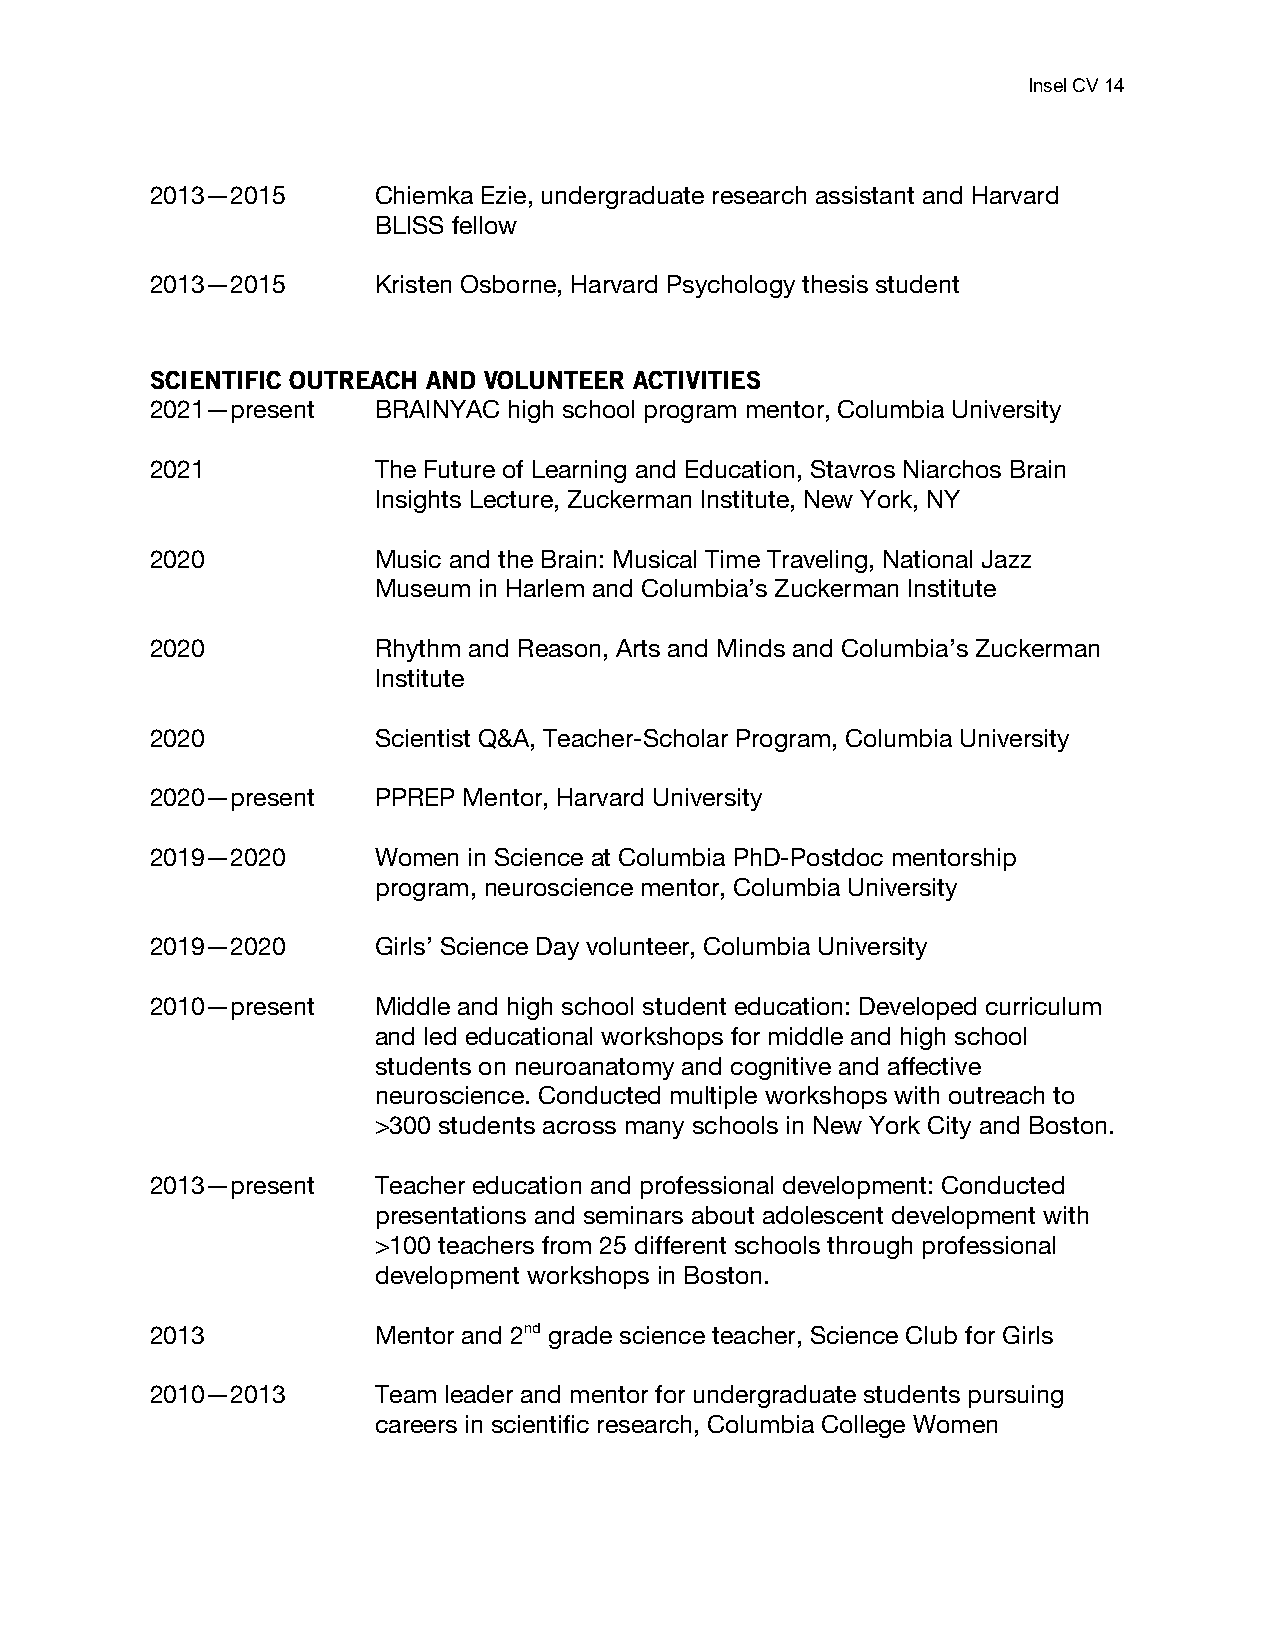
Insel CV 14
 2013—2015      Chiemka Ezie, undergraduate research assistant and Harvard
 BLISS fellow
 2013—2015      Kristen Osborne, Harvard Psychology thesis student
 SCIENTIFIC OUTREACH AND VOLUNTEER ACTIVITIES
 2021—present   BRAINYAC high school program mentor, Columbia University
 2021           The Future of Learning and Education, Stavros Niarchos Brain
 Insights Lecture, Zuckerman Institute, New York, NY
 2020           Music and the Brain: Musical Time Traveling, National Jazz
 Museum in Harlem and Columbia’s Zuckerman Institute
 2020           Rhythm and Reason, Arts and Minds and Columbia’s Zuckerman
 Institute
 2020           Scientist Q&A, Teacher-Scholar Program, Columbia University
 2020—present   PPREP Mentor, Harvard University
 2019—2020      Women in Science at Columbia PhD-Postdoc mentorship
 program, neuroscience mentor, Columbia University
 2019—2020      Girls’ Science Day volunteer, Columbia University
 2010—present   Middle and high school student education: Developed curriculum
 and led educational workshops for middle and high school
 students on neuroanatomy and cognitive and affective
 neuroscience. Conducted multiple workshops with outreach to
 >300 students across many schools in New York City and Boston.
 2013—present   Teacher education and professional development: Conducted
 presentations and seminars about adolescent development with
 >100 teachers from 25 different schools through professional
 development workshops in Boston.
 2013           Mentor and 2nd grade science teacher, Science Club for Girls
 2010—2013      Team leader and mentor for undergraduate students pursuing
 careers in scientific research, Columbia College Women